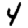
Digit: 4